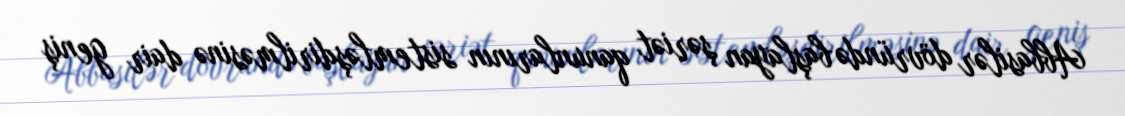
Abbasilər dövründə başlayan şəriət qanunlarının sistemləşdirilməsinə dair geniş